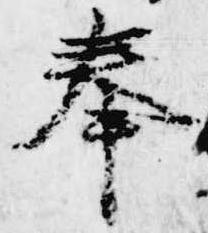
奉